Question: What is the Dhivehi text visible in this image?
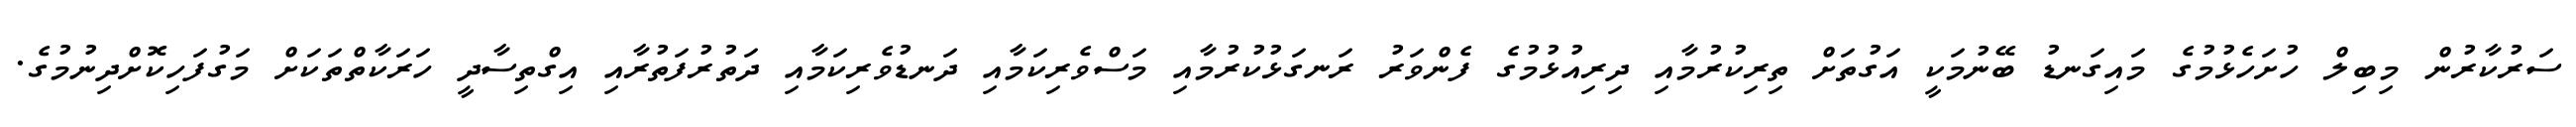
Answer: ސަރުކާރުން މިބިލް ހުށަހެޅުމުގެ މައިގަނޑު ބޭނުމަކީ އަގުތަށް ތިރިކުރުމާއި ދިރިއުޅުމުގެ ފެންވަރު ރަނގަޅުކުރުމާއި މަސްވެރިކަމާއި ދަނޑުވެރިކަމާއި ދަތުރުފަތުރާއި އިގްތިސާދީ ހަރަކާތްތަކަށް މަގުފަހިކޮށްދިނުމުގެ.